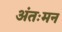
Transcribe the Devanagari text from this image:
अंतःमन